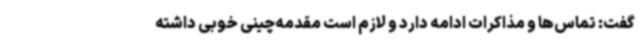
گفت: تماس‌ها و مذاکرات ادامه دارد و لازم است مقدمه‌چینی خوبی داشته